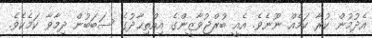
އެދުމުން ކުރާ ކަމެއް ނޫނެވެ. އެއީ ބުރްޖުވާޒީންގެ އިއްތިޙާދުގެ ސަބަބުން ދިމާވާ ކަމެކެވެ.